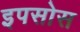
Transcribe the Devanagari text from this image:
इपसोस